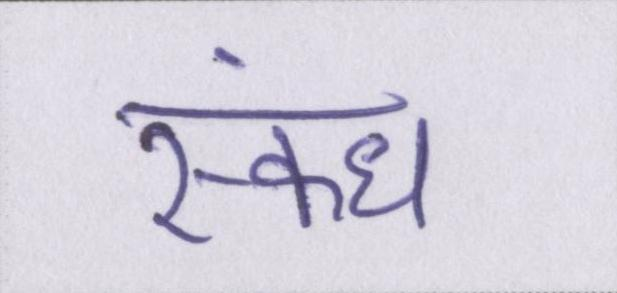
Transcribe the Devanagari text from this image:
स्कंध